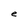
Character: e